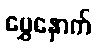
မွှေနှောက်